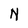
Character: N